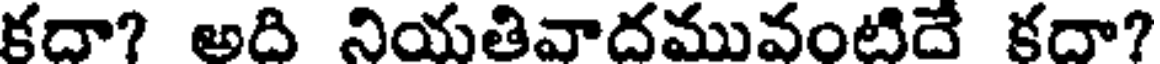
కదా? అది నియతివాదమువంటిదే కదా?